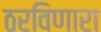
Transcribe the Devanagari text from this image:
ठरविणारा